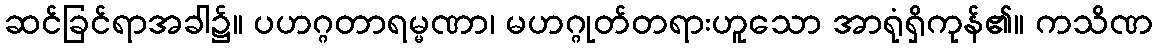
ဆင်ခြင်ရာအခါ၌။ ပဟဂ္ဂတာရမ္မဏာ၊ မဟဂ္ဂုတ်တရားဟူသော အာရုံရှိကုန်၏။ ကသိဏ